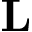
\mathbf { L }